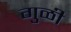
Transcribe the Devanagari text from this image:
गुळी